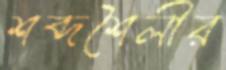
শব্দশৈলীর